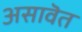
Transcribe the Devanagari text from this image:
असावॆत